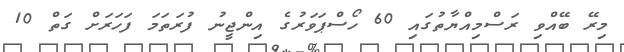
މިރޭ ބޭއްވި ރަސްމިއްޔާތުގައި 60 ހޯސްޕަވަރުގެ އިންޖީނު ފުރަތަމަ ފަހަރަށް ގަތް 10